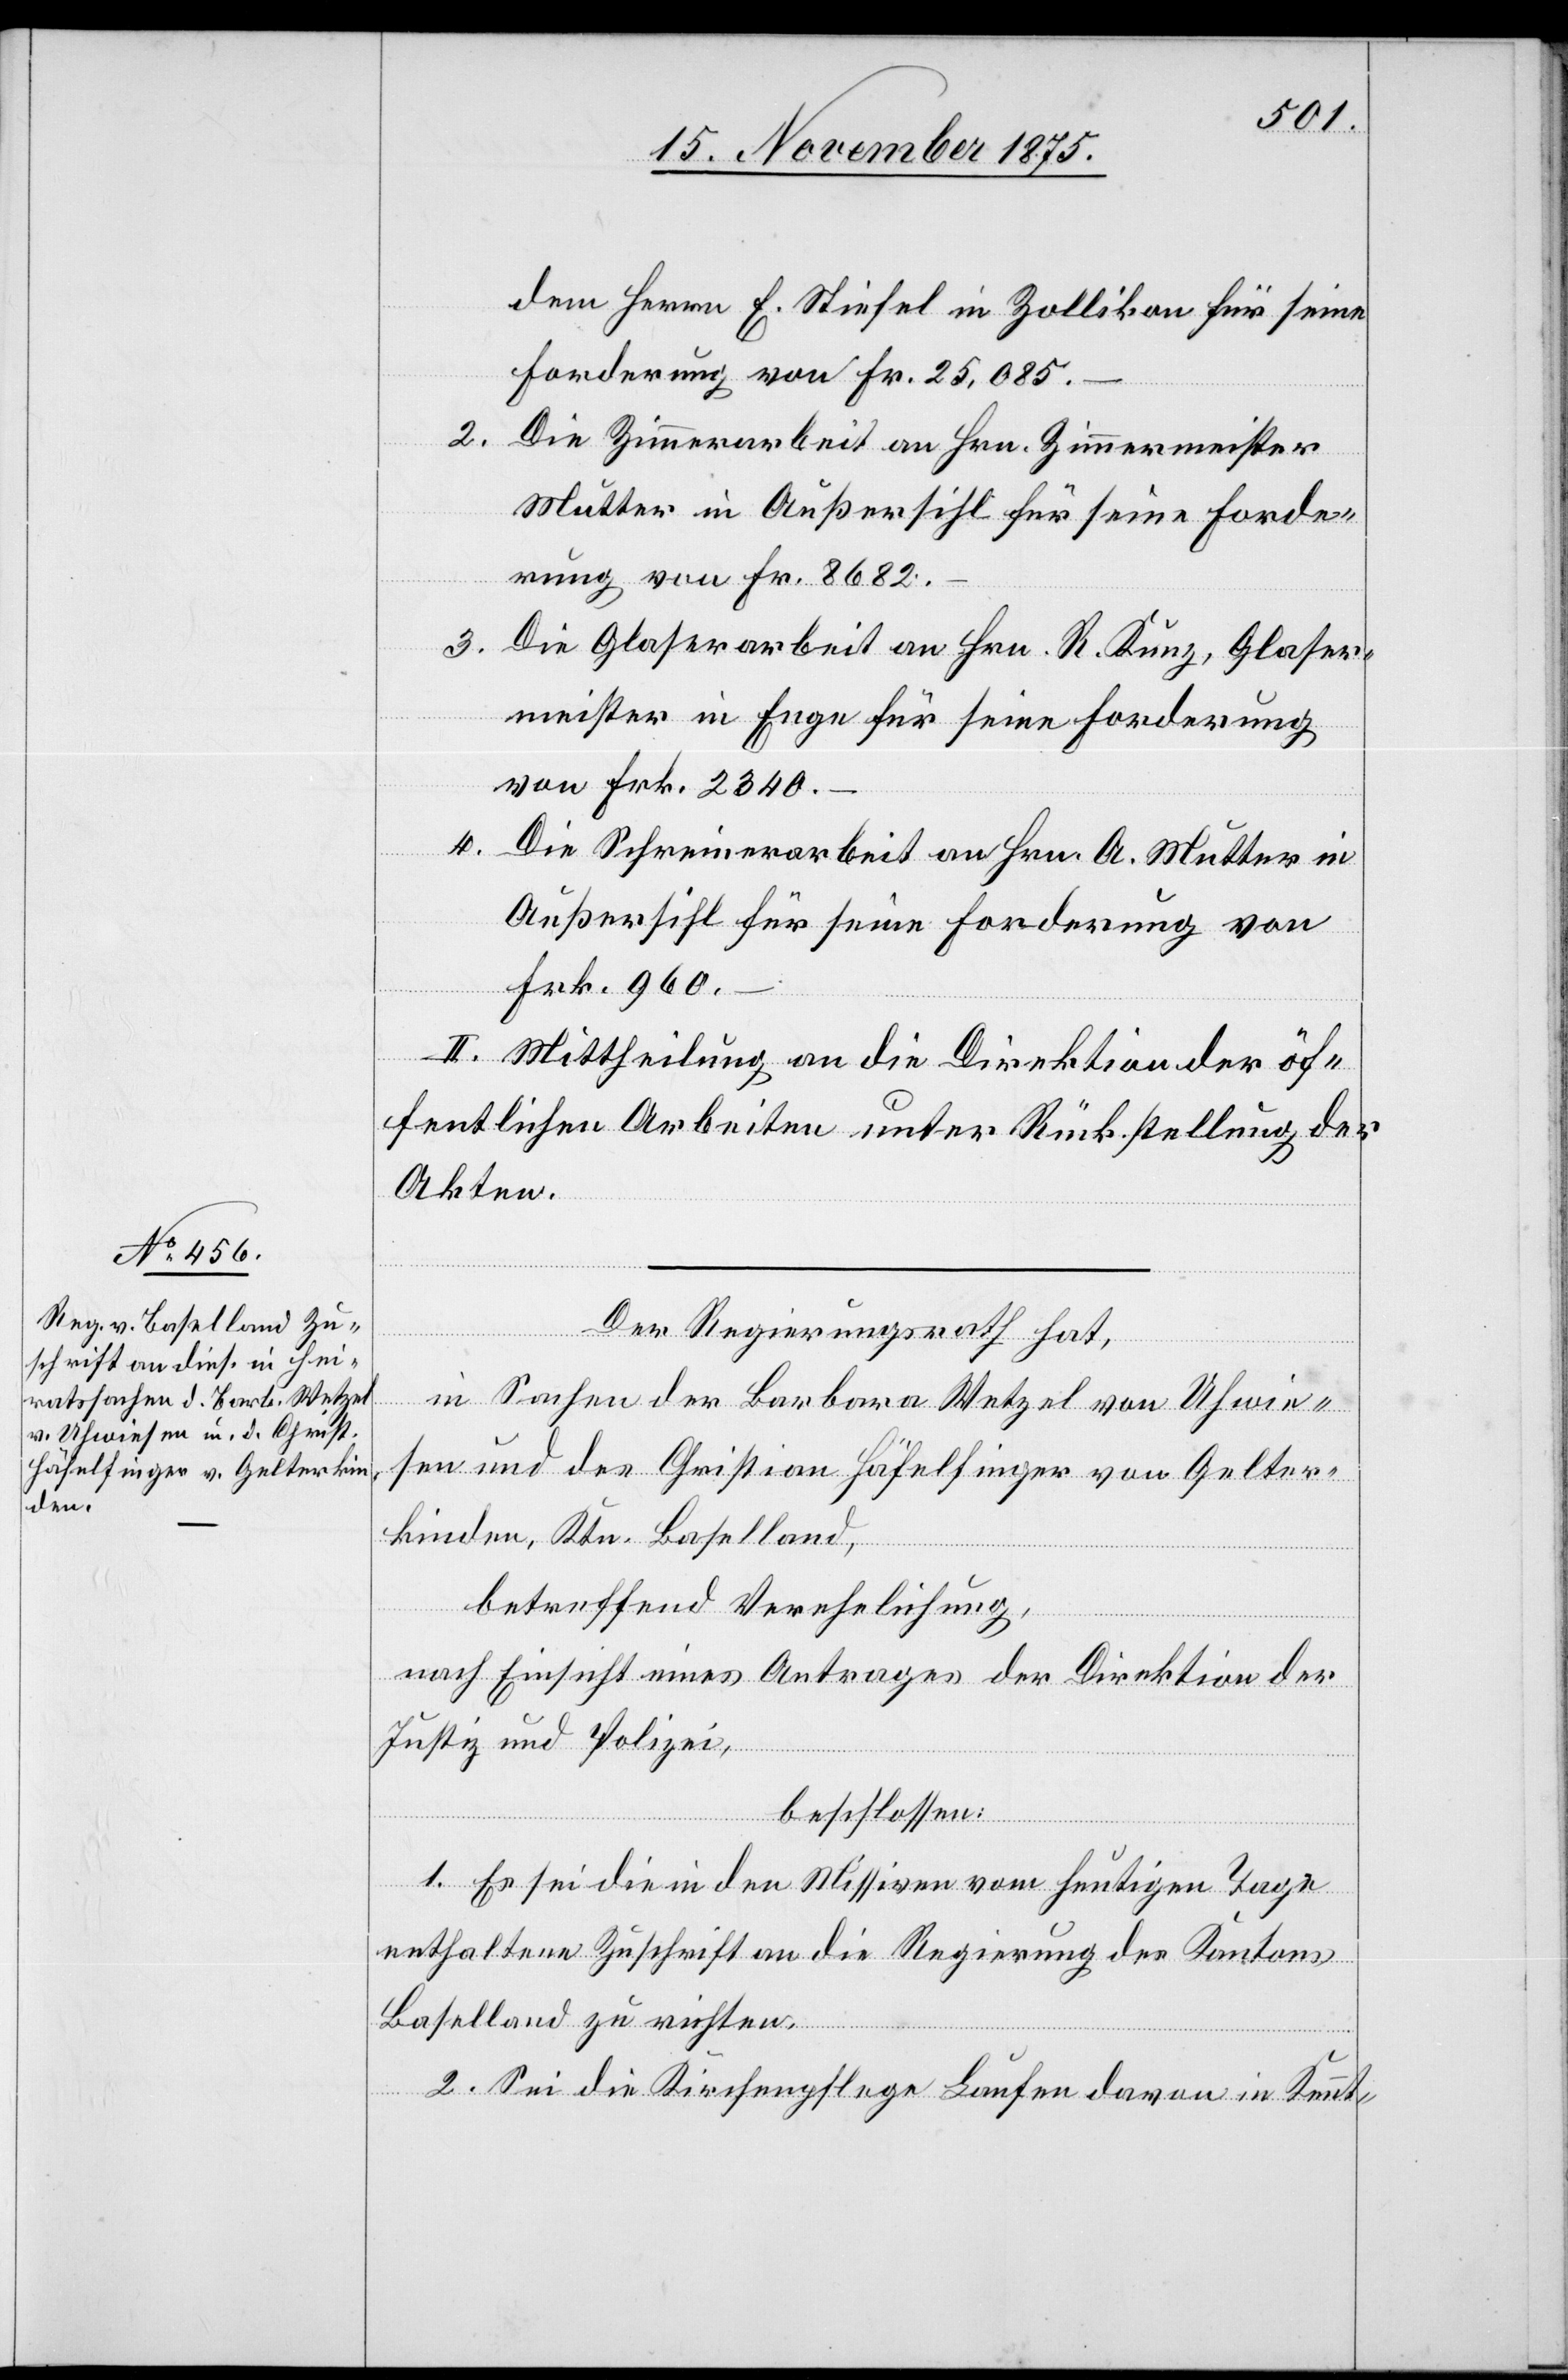
17. November 1875.]
dem Herrn F. Stiefel in Zollikon für seine
Forderung von Fr. 25,085 –.
2. Die Zimmerarbeit an Hrn. Zimmermeister
Mutter in Außersihl für seine Forde¬
rung von Fr. 8682 –.
3. Die Glaserarbeit an Hrn. R. Kunz, Glaser¬
meister in Enge für seine Forderung
von Frk. 2340 –.
4.
Die Schreinerarbeit an Hrn. A. Müller in
Außersihl für seine Forderung von
Frk. 960
–.
II. Mittheilung an die Direktion der öf¬
fentlichen Arbeiten unter Rückstellung der
Akten.
Der Regierungsrath hat,
in Sachen der Barbara Wetzel von Uhwie¬
sen und des Christian Häfelfinger von Gelter¬
kinden, Kt. Baselland,
betreffend Verehelichung,
nach Einsicht eines Antrages der Direktion der
Justiz und Polizei,
beschlossen:
1. Es sei die in den Missiven vom heutigen Tage
enthaltene Zuschrift an die Regierung des Kantons
Baselland zu richten.
2. Sei die Kirchenpflege Laufen davon in Kennt-